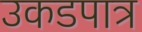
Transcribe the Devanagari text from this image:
उकडपात्र